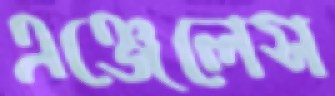
এঞ্জেলেস